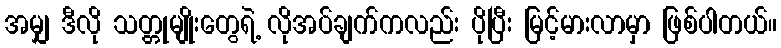
အမျှ ဒီလို သတ္တုမျိုးတွေရဲ့ လိုအပ်ချက်ကလည်း ပိုပြီး မြင့်မားလာမှာ ဖြစ်ပါတယ်။